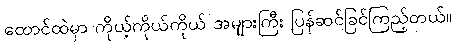
ထောင်ထဲမှာ ကိုယ့်ကိုယ်ကိုယ် အများကြီး ပြန်ဆင်ခြင်ကြည့်တယ်။